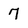
Character: 7